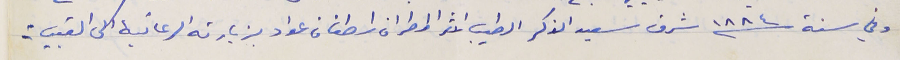
وفي سنة ١٨٨٤شرف سعيد الذكر الطيب الاثر المطران اسطفان عواد بزيارته الرعائية الى القبيات